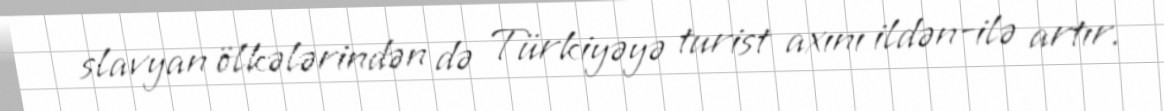
slavyan ölkələrindən də Türkiyəyə turist axını ildən-ilə artır.